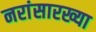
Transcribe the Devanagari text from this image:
नरांसारख्या